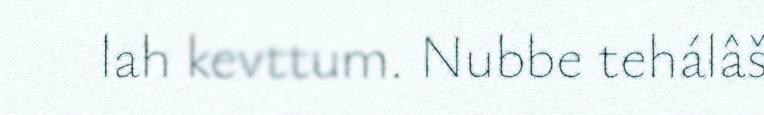
lah kevttum. Nubbe tehálâš